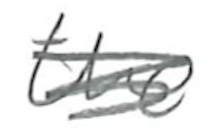
Text: the
Cross-out: scratch
Writing tool: pencil